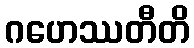
ဂဟေဿတီတိ